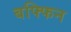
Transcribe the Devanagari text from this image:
बफ्फिन